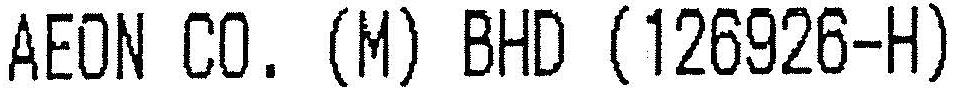
AEON CO. (M) BHD (126926-H)